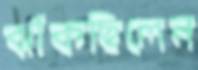
ঝাঁকছিলেন